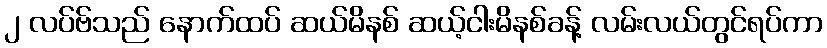
၂ လပ်ဗ်သည် နောက်ထပ် ဆယ်မိနစ် ဆယ့်ငါးမိနစ်ခန့် လမ်းလယ်တွင်ရပ်ကာ